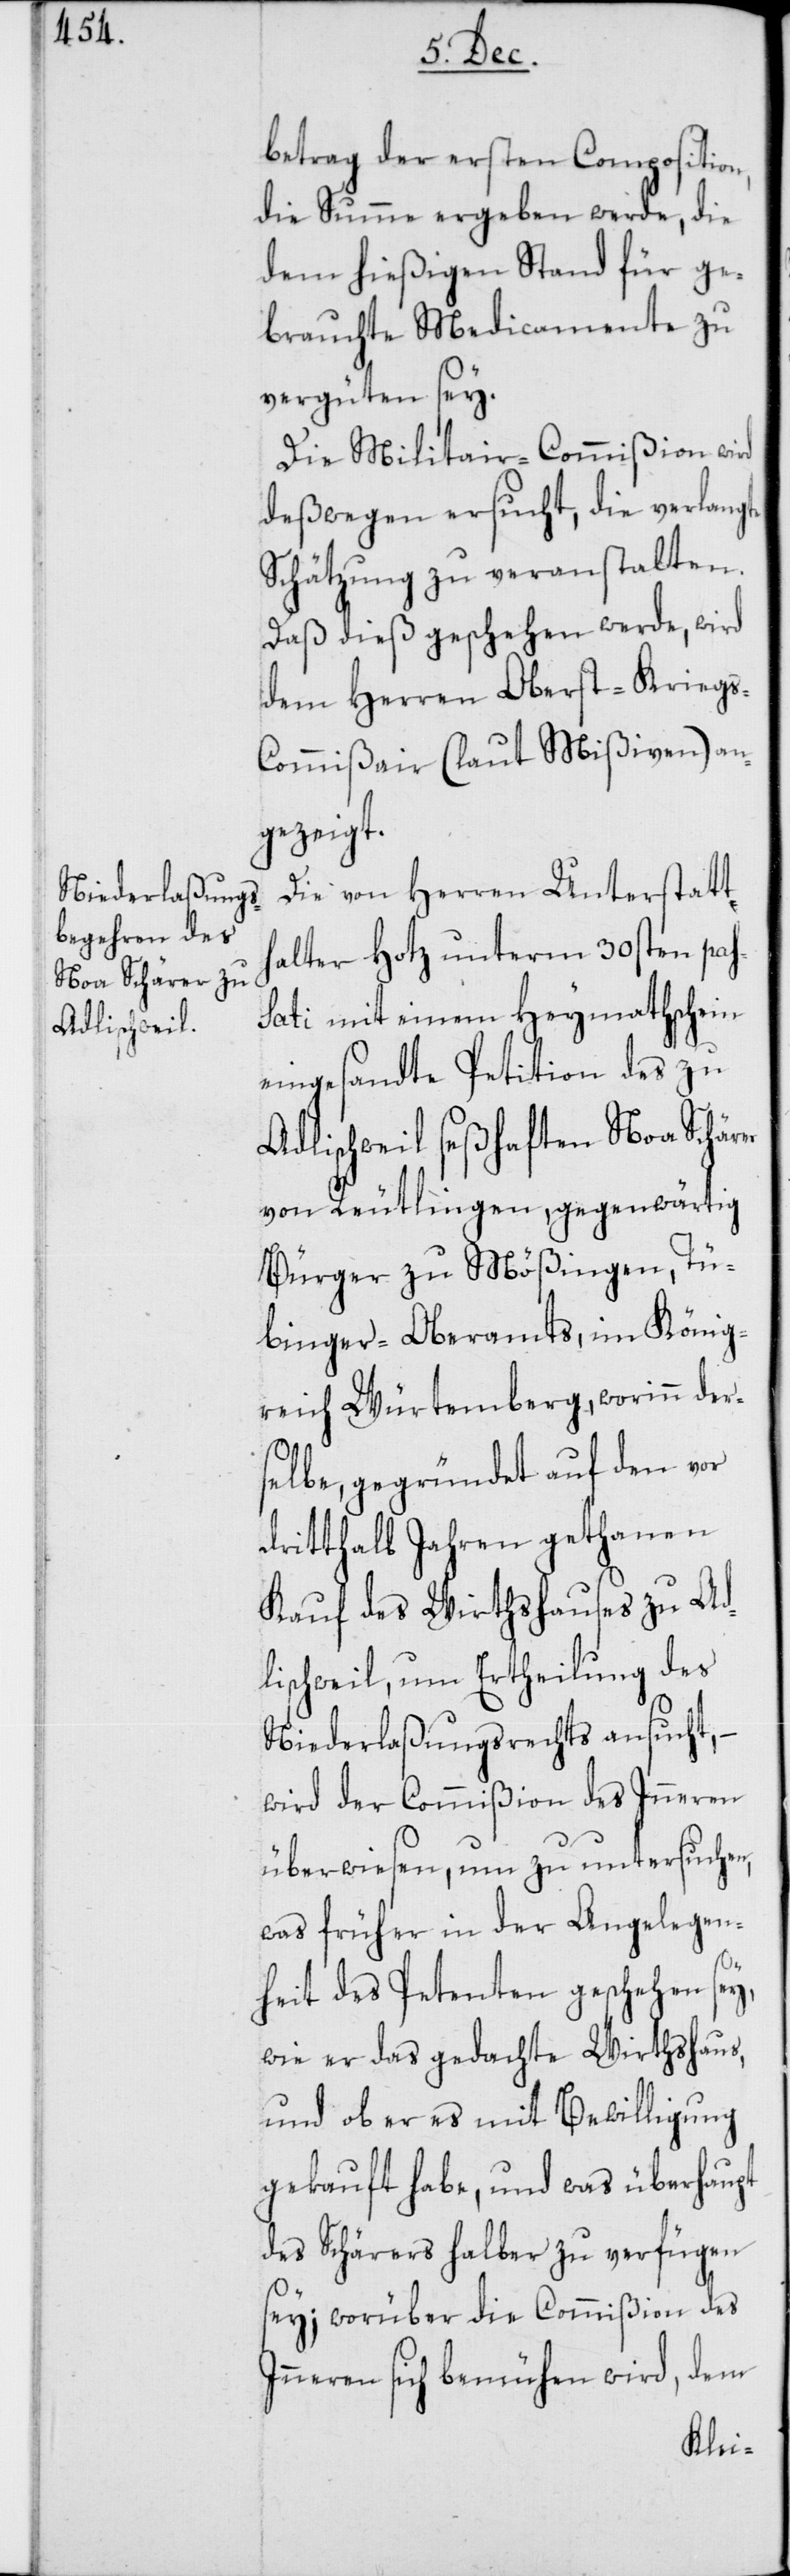
betrag der ersten Composition,
die Summe ergeben werde, die
dem hießigen Stand für ge¬
brauchte Medicamente zu
vergüten sey.
Die Militair-Commißion wird
deßwegen ersucht, die verlangte
Schätzung zu veranstalten.
Daß dieß geschehen werde, wird
dem Herren Oberst-Krieg¬
s-Commißair (laut Mißiven) an¬
gezeigt.
Die von Herren Unterstatth¬
alter Hotz unterm 30sten pas¬
sati mit einem Heymathschein
eingesandte Petition des zu
Adlischweil seßhaften Noa Schärer
von Reutlingen, gegenwärtig
Bürger zu Mößingen, Tü¬
binger-Oberamts, im König¬
reich Würtemberg, worinn der¬
selbe, gegründet auf den vor
dritthalb Jahren gethanen
Kauf des Wirthshauses zu Ad¬
lischweil, um Ertheilung des
Niederlaßungsrechts ansucht,
wird der Commißion des Inneren
überwiesen, um zu untersuchen,
was früher in der Angelegen¬
heit des Petenten geschehen sey,
wie er das gedachte Wirthshaus,
und ob er es mit Bewilligung
gekauft habe, und was überhaupt
des Schärers halber zu verfügen
sey; worüber die Commißion des
Inneren sich bemühen wird, dem